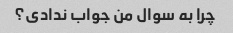
چرا به سوال من جواب ندادی؟